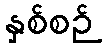
နှစ်စဉ်